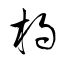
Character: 杓